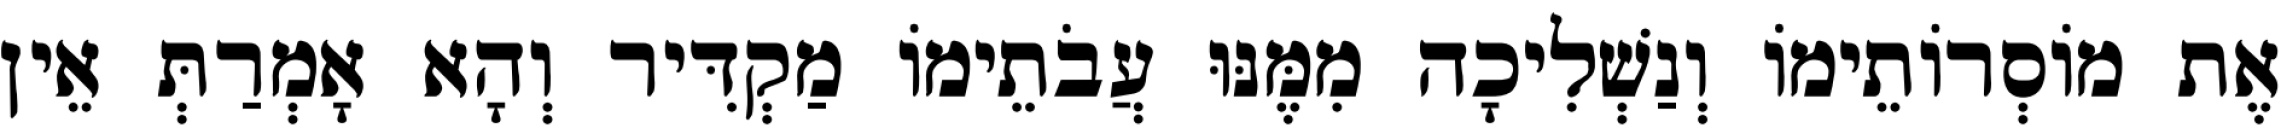
אֶת מוֹסְרוֹתֵימוֹ וְנַשְׁלִיכָה מִמֶּנּוּ עֲבֹתֵימוֹ מַקְדִּיר וְהָא אָמְרַתְּ אֵין